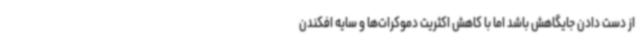
از دست دادن جایگاهش باشد اما با کاهش اکثریت دموکرات‌ها و سایه افکندن